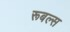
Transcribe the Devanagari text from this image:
रूबल्स